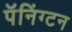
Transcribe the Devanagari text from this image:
पॅनिंग्टन